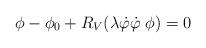
LaTeX: \begin{align*}\phi-\phi_0 +R_V(\lambda \dot \varphi \dot \varphi \;\phi) = 0\end{align*}